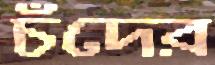
চঁদের